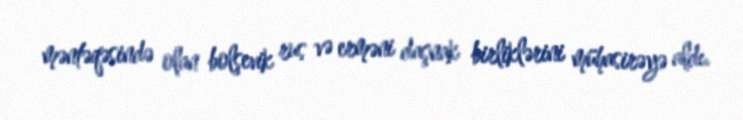
məntəqəsində olan bolşevik rus və erməni daşnak birliklərini mühasirəyə aldı.